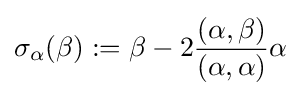
\sigma _{\alpha }(\beta ):=\beta -2{\frac {(\alpha ,\beta )}{(\alpha ,\alpha )}}\alpha